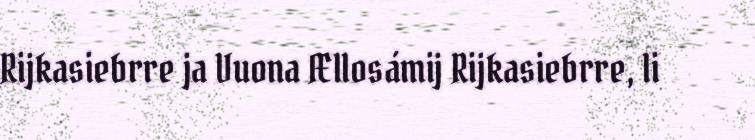
Rijkasiebrre ja Vuona Ællosámij Rijkasiebrre, li